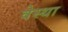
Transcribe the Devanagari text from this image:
वेस्था